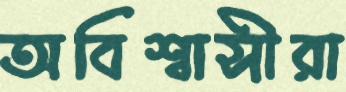
অবিশ্বাসীরা